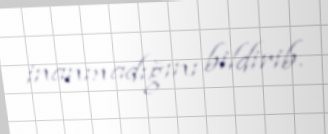
inanmadığını bildirib.